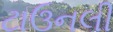
ટાઉનલી